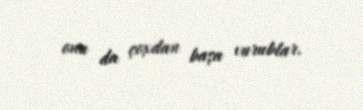
onu da çoxdan başa vurublar.